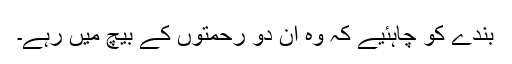
بندے کو چاہئیے کہ وہ ان دو رحمتوں کے بیچ میں رہے۔